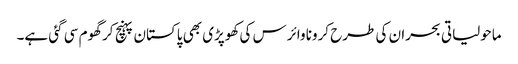
ماحولیاتی بحران کی طرح کرونا وائرس کی کھوپڑی بھی پاکستان پہنچ کر گھوم سی گئی ہے۔